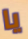
يا